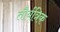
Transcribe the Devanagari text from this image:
तौर्यत्रिक